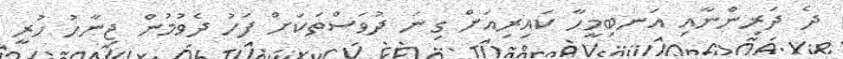
ދެ ދަރިންނާއި އަނބިމީހާ ކައިރިއަށް ގިނަ ދުވަސްތަކަށް ފަހު ދެވުމުން ޖިނާހު ހުރީ